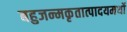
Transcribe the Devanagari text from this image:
बहुजन्मकृतात्पादयमर्थो